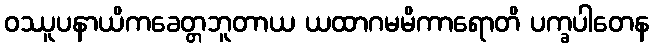
ဝဿူပနာယိကခေတ္တဘူတာယ ယထာဂမမိကာရောတိ ပက္ခပါတေန